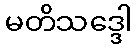
မတိသဒ္ဒေါ